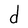
Character: d